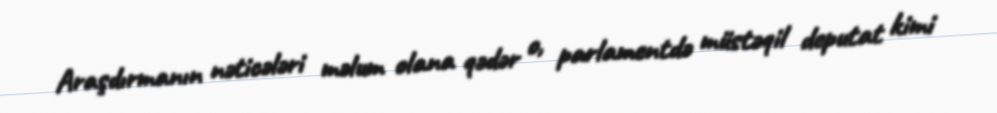
Araşdırmanın nəticələri məlum olana qədər o, parlamentdə müstəqil deputat kimi